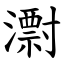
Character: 㵱